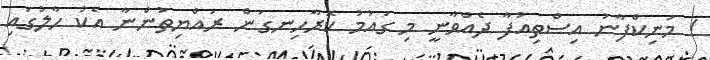
! މަނިކްފާނު އިސްތިއުފާ ދެއްވާނީ މި ގައުމު ކޮރާހިނގަން ރައްޔިތުންނާ އެކު ހާލުގައި